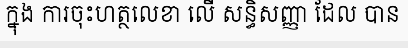
ក្នុង ការចុះហត្ថលេខា លើ សន្ធិសញ្ញា ដែល បាន